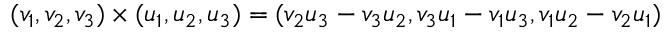
( v _ { 1 } , v _ { 2 } , v _ { 3 } ) \times ( u _ { 1 } , u _ { 2 } , u _ { 3 } ) = ( v _ { 2 } u _ { 3 } - v _ { 3 } u _ { 2 } , v _ { 3 } u _ { 1 } - v _ { 1 } u _ { 3 } , v _ { 1 } u _ { 2 } - v _ { 2 } u _ { 1 } )